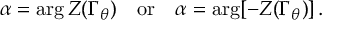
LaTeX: \alpha = \arg Z ( \Gamma _ { \theta } ) \quad \mathrm { o r } \quad \alpha = \arg [ - Z ( \Gamma _ { \theta } ) ] \, .